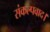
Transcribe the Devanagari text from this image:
संकल्पवाद।